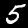
Digit: 5